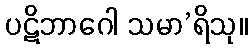
ပဋိဘာဂေါ သမာ’ရိသု။